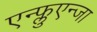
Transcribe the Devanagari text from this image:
एन्फ्लुएन्जा